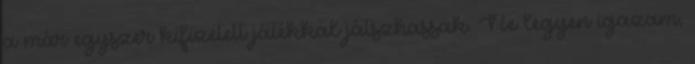
a már egyszer kifizetett játékkal játszhassak. Ne legyen igazam,